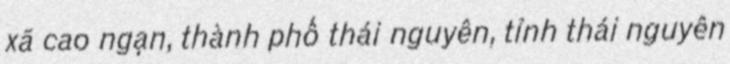
xã cao ngạn, thành phố thái nguyên, tỉnh thái nguyên